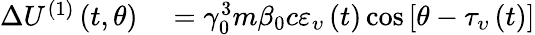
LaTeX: \begin{array}{rl}{\Delta U^{(1)}\left(t,\theta\right)}&{{}=\gamma_{0}^{3}m\beta_{0}c\varepsilon_{\upsilon}\left(t\right)\cos\left[\theta-\tau_{\upsilon}\left(t\right)\right]}\end{array}